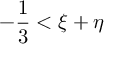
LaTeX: - { \frac { 1 } { 3 } } < \xi + \eta